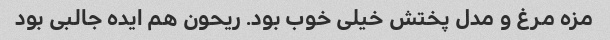
مزه مرغ و مدل پختش خیلی خوب بود. ریحون هم ایده جالبی بود